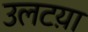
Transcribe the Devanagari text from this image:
उलटय़ा